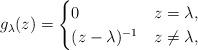
LaTeX: \begin{align*}g_\lambda(z) = \begin{cases}0 & z=\lambda,\\(z-\lambda)^{-1} & z\neq\lambda,\end{cases}\end{align*}